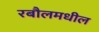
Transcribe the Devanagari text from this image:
रबौलमधील